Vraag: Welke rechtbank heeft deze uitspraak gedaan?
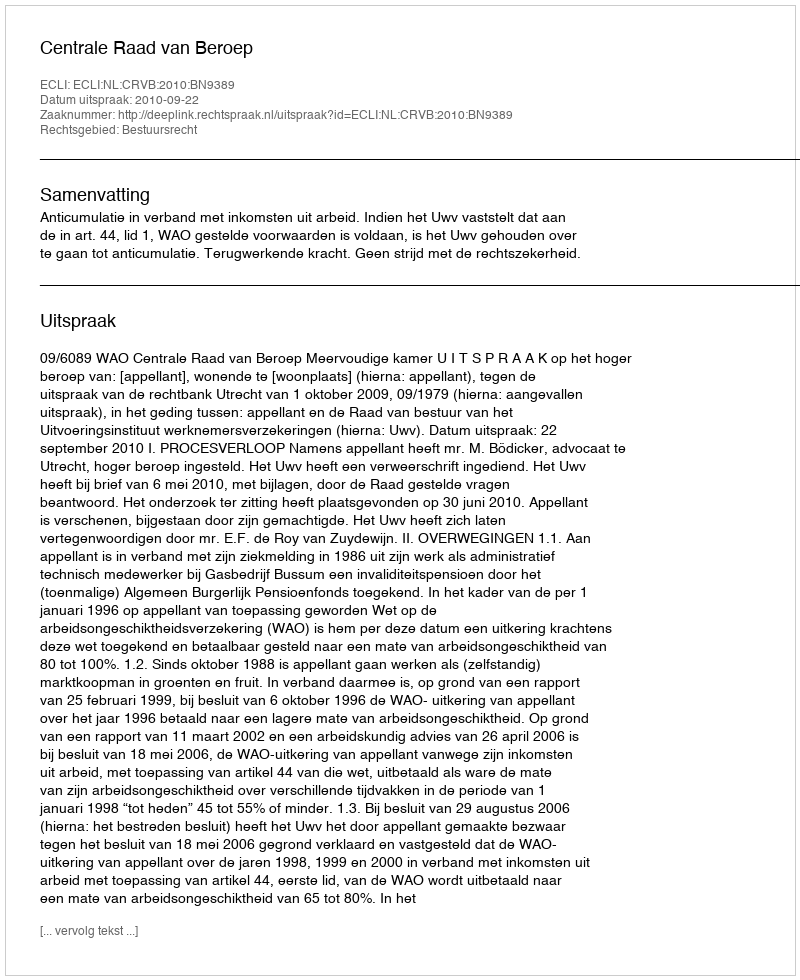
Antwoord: Centrale Raad van Beroep